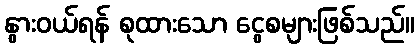
နွားဝယ်ရန် စုထားသော ငွေစများဖြစ်သည်။